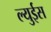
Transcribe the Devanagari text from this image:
ल्युईस